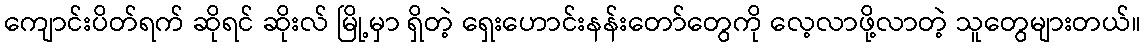
ကျောင်းပိတ်ရက် ဆိုရင် ဆိုးလ် မြို့မှာ ရှိတဲ့ ရှေးဟောင်းနန်းတော်တွေကို လေ့လာဖို့လာတဲ့ သူတွေများတယ်။